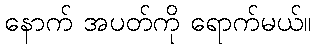
နောက် အပတ်ကို ရောက်မယ်။